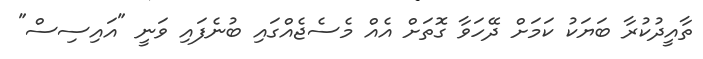
ތާއީދުކުރާ ބަޔަކު ކަމަށް ދޭހަވާ ގޮތަށް އެއް މެސެޖެއްގައި ބުނެފައި ވަނީ "އައިސިސް"